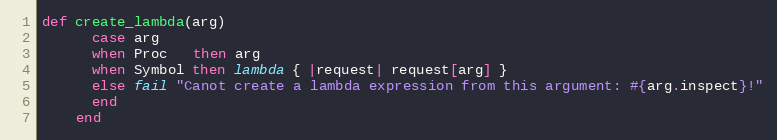
Language: Ruby
def create_lambda(arg)
      case arg
      when Proc   then arg
      when Symbol then lambda { |request| request[arg] }
      else fail "Canot create a lambda expression from this argument: #{arg.inspect}!"
      end
    end